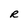
Character: R